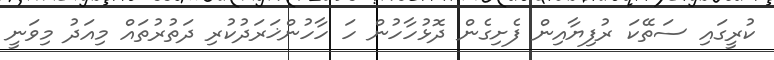
ކުރީގައި ސަތޭކަ ރުފިޔާއިން ފެށިގެން ދޮޅުހާހުން ހަ ހާހުންޚަރަދުކުރި ދަތުރުތައް މިއަދު މިވަނީ